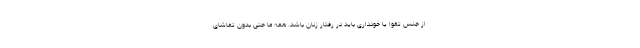
از جنس تقوا یا خودداری باید در رفتار زنان باشد. همه ما حتی بدون تماشای